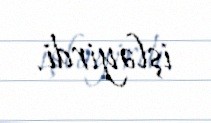
işləyirdi.